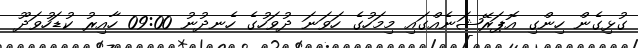
ގުޅިގެން ހިންގި އޮޕަރޭޝަނެއްގައި މިމަހުގެ ހަވަނަ ދުވަހުގެ ހެނދުނު 09:00 ހާއިރު ކުޑަހުވަދޫ